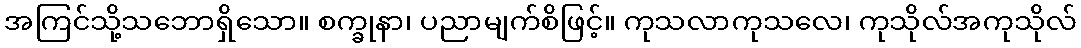
အကြင်သို့သဘောရှိသော။ စက္ခုနာ၊ ပညာမျက်စိဖြင့်။ ကုသလာကုသလေ၊ ကုသိုလ်အကုသိုလ်